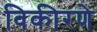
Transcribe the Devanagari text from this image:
विकीरणे